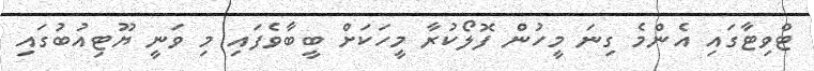
ޓްވިޓާގައި އެންމެ ގިނަ މީހުން ފޮލޯކުރާ މީހަކަށް ބީބާވެފައި މި ވަނީ ޔޫޓިއުބުގައި